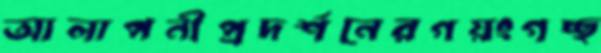
আলাপনীপ্রদর্শনেরগয়ংগচ্ছ